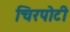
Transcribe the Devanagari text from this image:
चिरपोटी